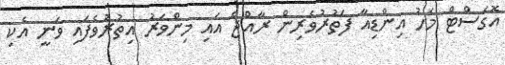
އޮގަސްޓް މަހު އިންޑިއާ ފަތުރުވެރިން ރާއްޖެ އައި މިންވަރު އިތުރުވެފައި ވަނީ އެކި